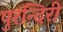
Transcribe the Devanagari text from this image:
पुरन्दिरी